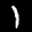
Label: 1